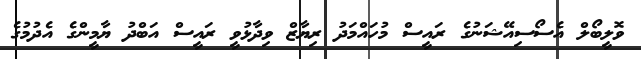
ވޮލީބޯލް އެސޯސިއޭޝަނުގެ ރައީސް މުހައްމަދު ރިޔާޒް ވިދާޅުވީ ރައީސް އަބްދު ޔާމީންގެ އެދުމުގެ